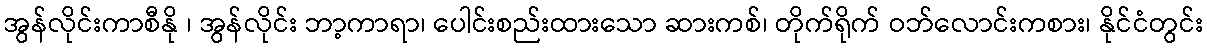
အွန်လိုင်းကာစီနို ၊ အွန်လိုင်း ဘာ့ကာရာ၊ ပေါင်းစည်းထားသော ဆားကစ်၊ တိုက်ရိုက် ဝဘ်လောင်းကစား၊ နိုင်ငံတွင်း